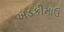
ખડકીમાઉ